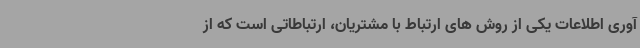
آوری اطلاعات یکی از روش های ارتباط با مشتریان، ارتباطاتی است که از